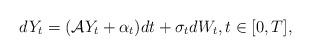
LaTeX: \begin{align*} dY_t= (\mathcal A Y_t +\alpha_t)dt+ \sigma_t dW_t,t\in [0,T],\end{align*}